Bréfritari: Þórunn Pálsdóttir
Viðtakandi: Páll Pálsson
Dagsetning: A-1822-01-08
Skrifað á: Hallfreðarstöðum  N-Múl.
Páll var bróðir Þórunnar

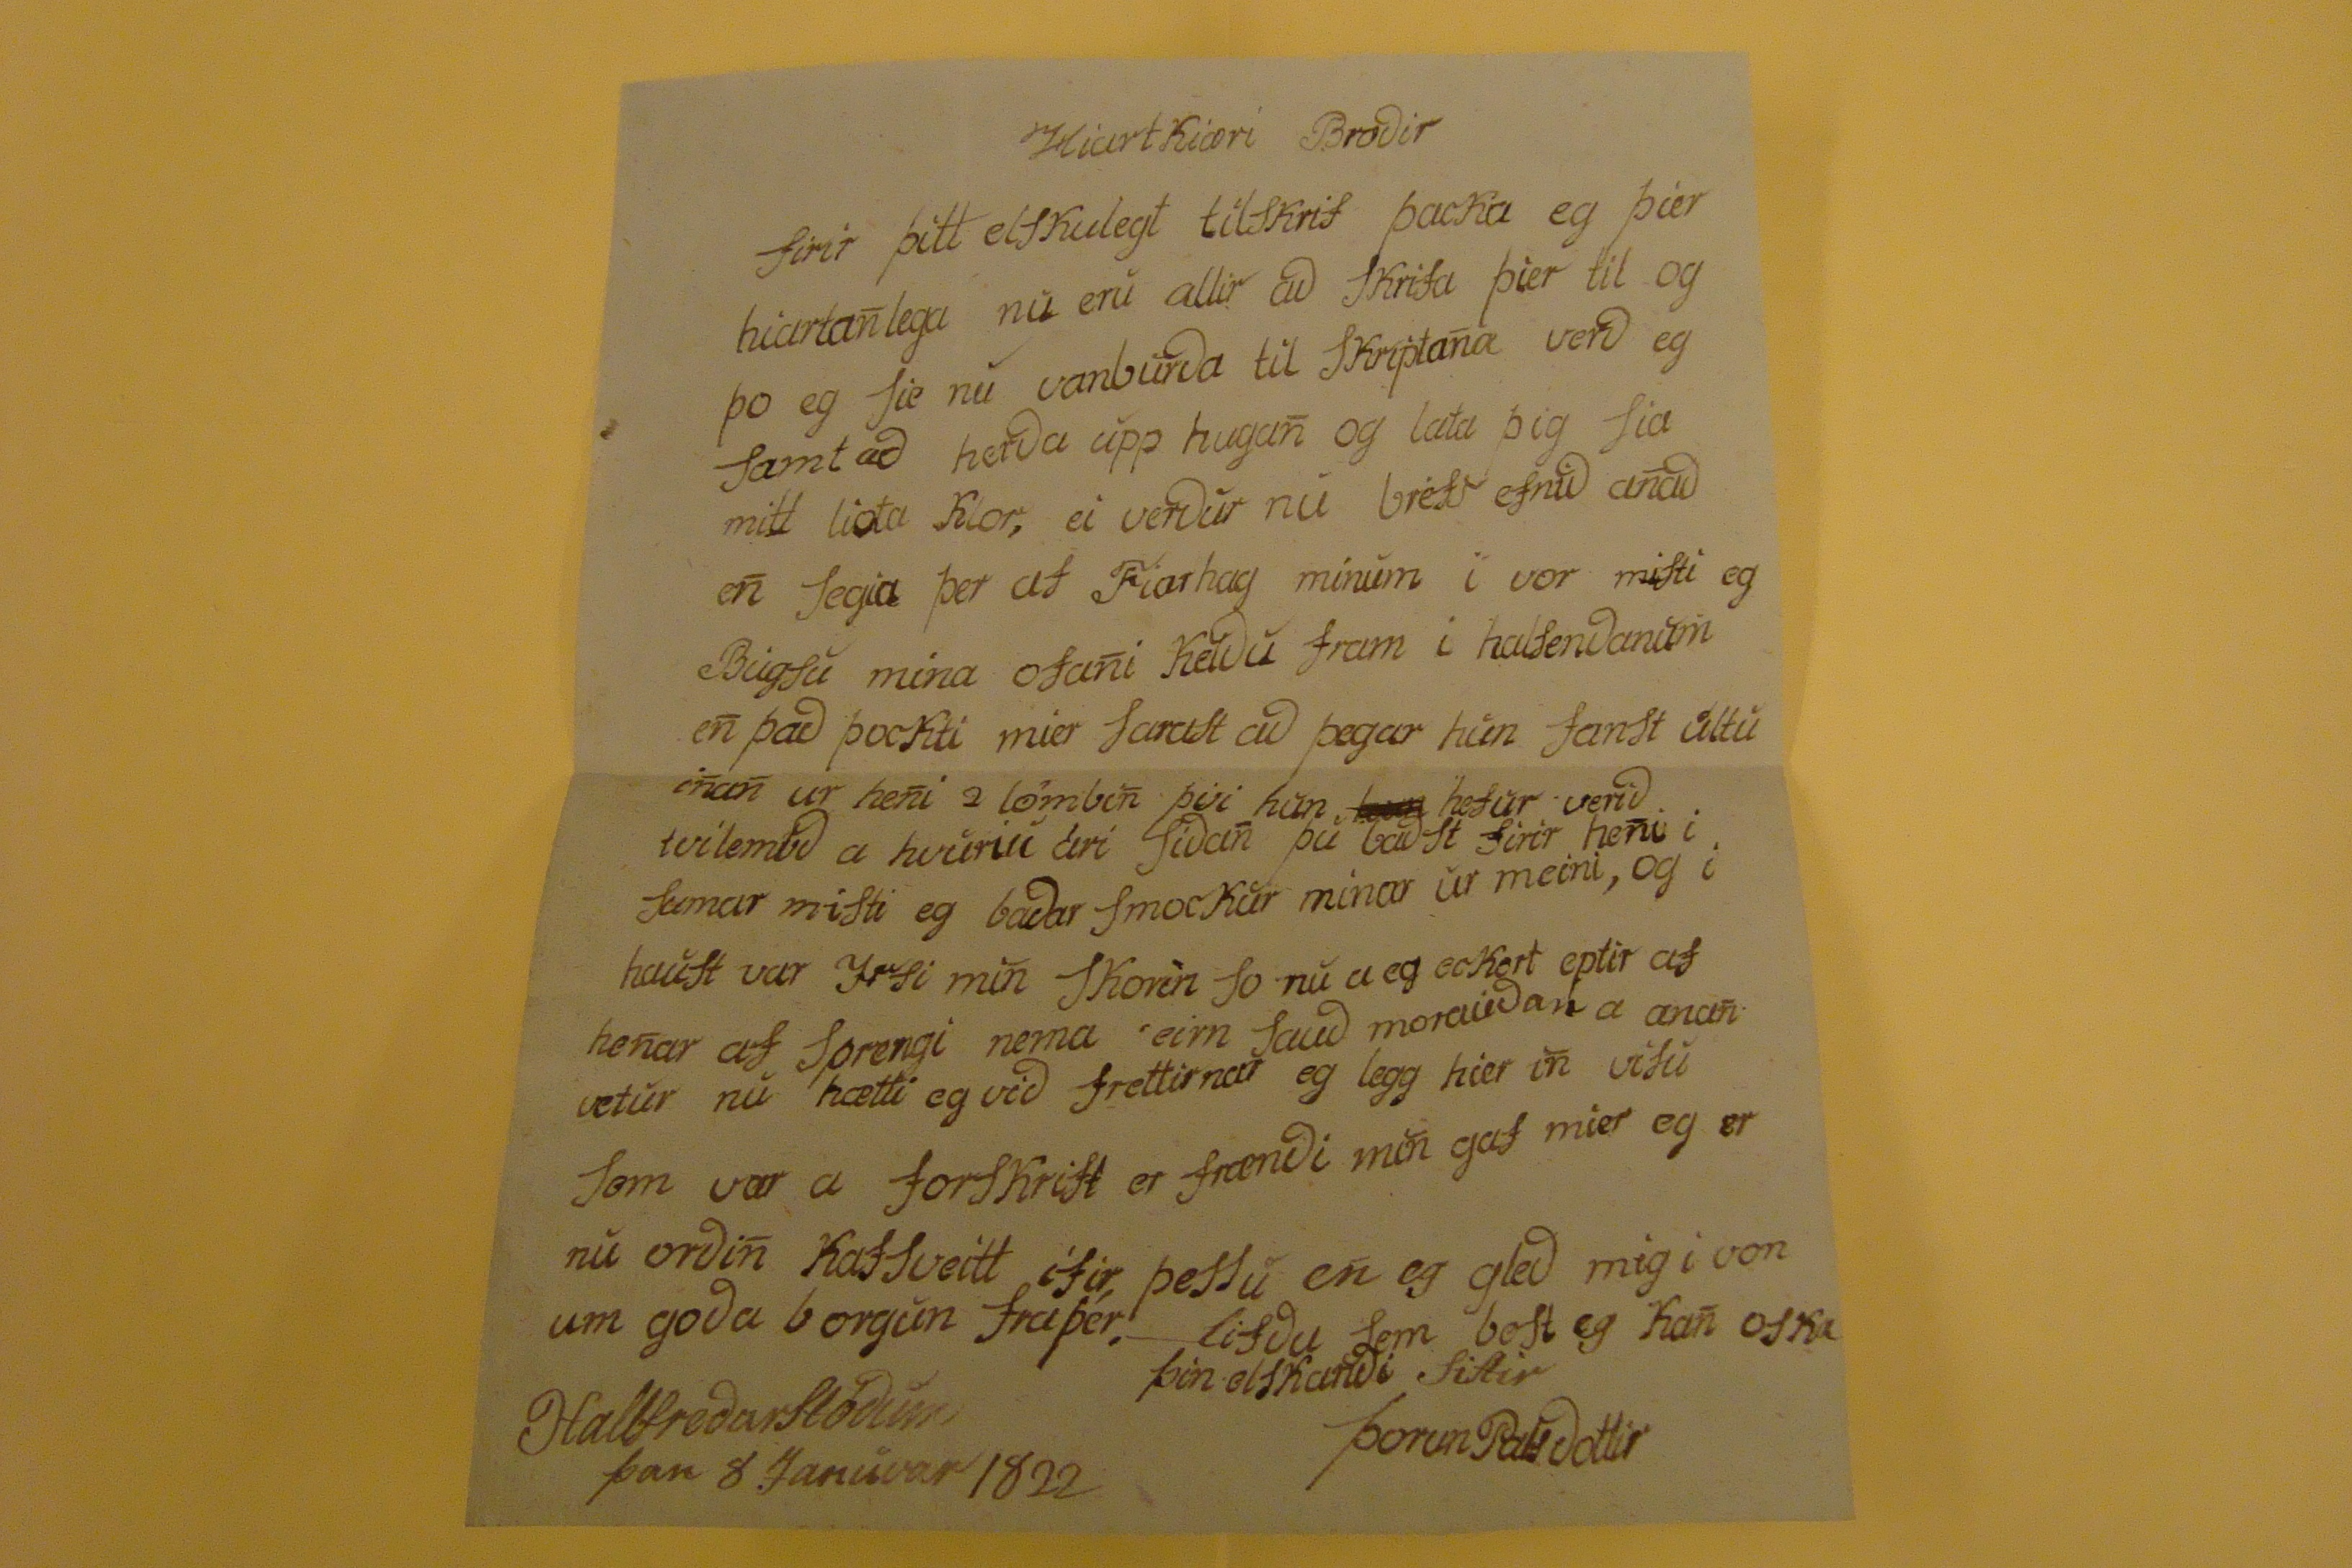

Hiartkiæri Brodir
firir þitt elskulegt tilskrif þacka eg þier hiartanlega nu eru allir ad skrifa þier til og þo eg sie nu vanburda til skriptana verd eg samt ad herda upp hugan og lata þig sia mitt liota klor, ei verdur nu bréfs efnid anad en segia þer at Fiarhag mínum i vor misti eg Bugsu mina ofani Keldu fram i halsendanum en þad þockti mier sarast ad þegar hun fanst ultu inan ur heni 2 lömbin þvi hun
hun
hefur verid tvilembd a hvuriu ári sidan þu badst firir heni i sumar misti eg badar smockur mínar ur meini, og i haust var Irsi min skorin so nu a eg eckert eptir af henar af sprengi nema eirn saud moraudan a anan vetur nu hætti eg vid frettirnar eg legg hier in visu sem var a forskrift er frændi min gaf mier eg er nu ordin kafsveitt ifir, þessu en eg gled mig i von um goda borgun fra þer. lifdu sem best eg kan oska
þín elskandi sistir
Þorun Palsdottir
Hallfredarstödum, þan 8 Januvar 1822